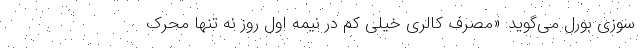
سوزی بورل می‌گوید: «مصرف کالری خیلی کم در نیمه اول روز نه تنها محرک